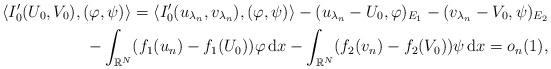
LaTeX: \begin{align*} \langle I_{0}^{\prime}(U_{0},V_{0}),(\varphi,\psi)\rangle = \langle I_{0}^{\prime}(u_{\lambda_{n}},v_{\lambda_{n}}),(\varphi,\psi)\rangle-(u_{\lambda_{n}}-U_{0},\varphi)_{E_{1}}-(v_{\lambda_{n}}-V_{0},\psi)_{E_{2}}\\-\int_{\mathbb{R}^{N}}(f_{1}(u_{n})-f_{1}(U_{0}))\varphi\,\mathrm{d}x-\int_{\mathbb{R}^{N}}(f_{2}(v_{n})-f_{2}(V_{0}))\psi\,\mathrm{d}x=o_{n}(1), \end{align*}